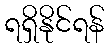
ရရှိနိုင်ရန်